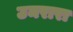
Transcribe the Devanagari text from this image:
उमरारा